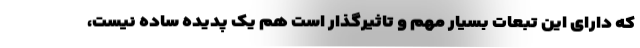
که دارای این تبعات بسیار مهم و تاثیرگذار است هم یک پدیده ساده نیست،